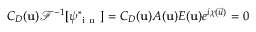
C _ { D } ( \mathbf { u } ) \mathcal { F } ^ { - 1 } [ \psi _ { \mathrm { ~ i ~ n ~ } } ^ { * } ] = C _ { D } ( \mathbf { u } ) A ( \mathbf { u } ) E ( \mathbf { u } ) e ^ { i \chi ( \vec { u } ) } = 0